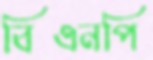
বিএনপি